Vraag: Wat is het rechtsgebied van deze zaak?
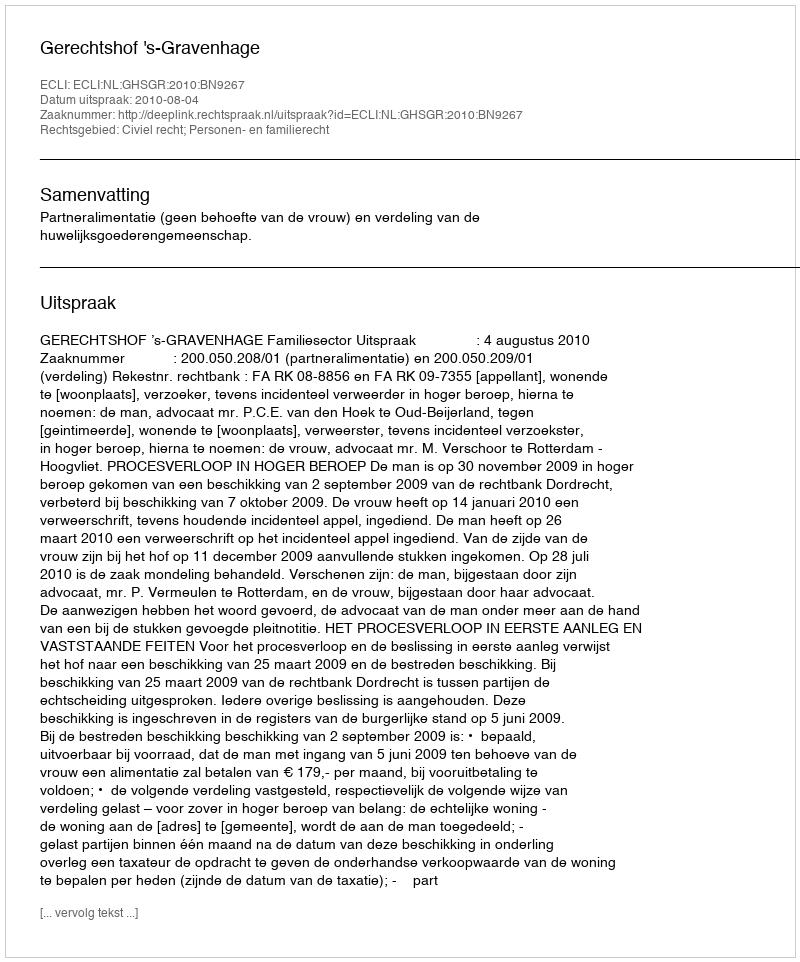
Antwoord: Civiel recht; Personen- en familierecht